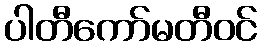
ပါတီကော်မတီဝင်